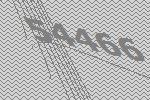
54466